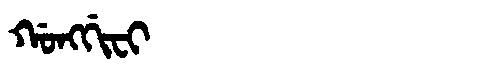
Manchu: ᡤᠣᠩᡤᡳᠸᡳ
Romanization: GONGGIFI